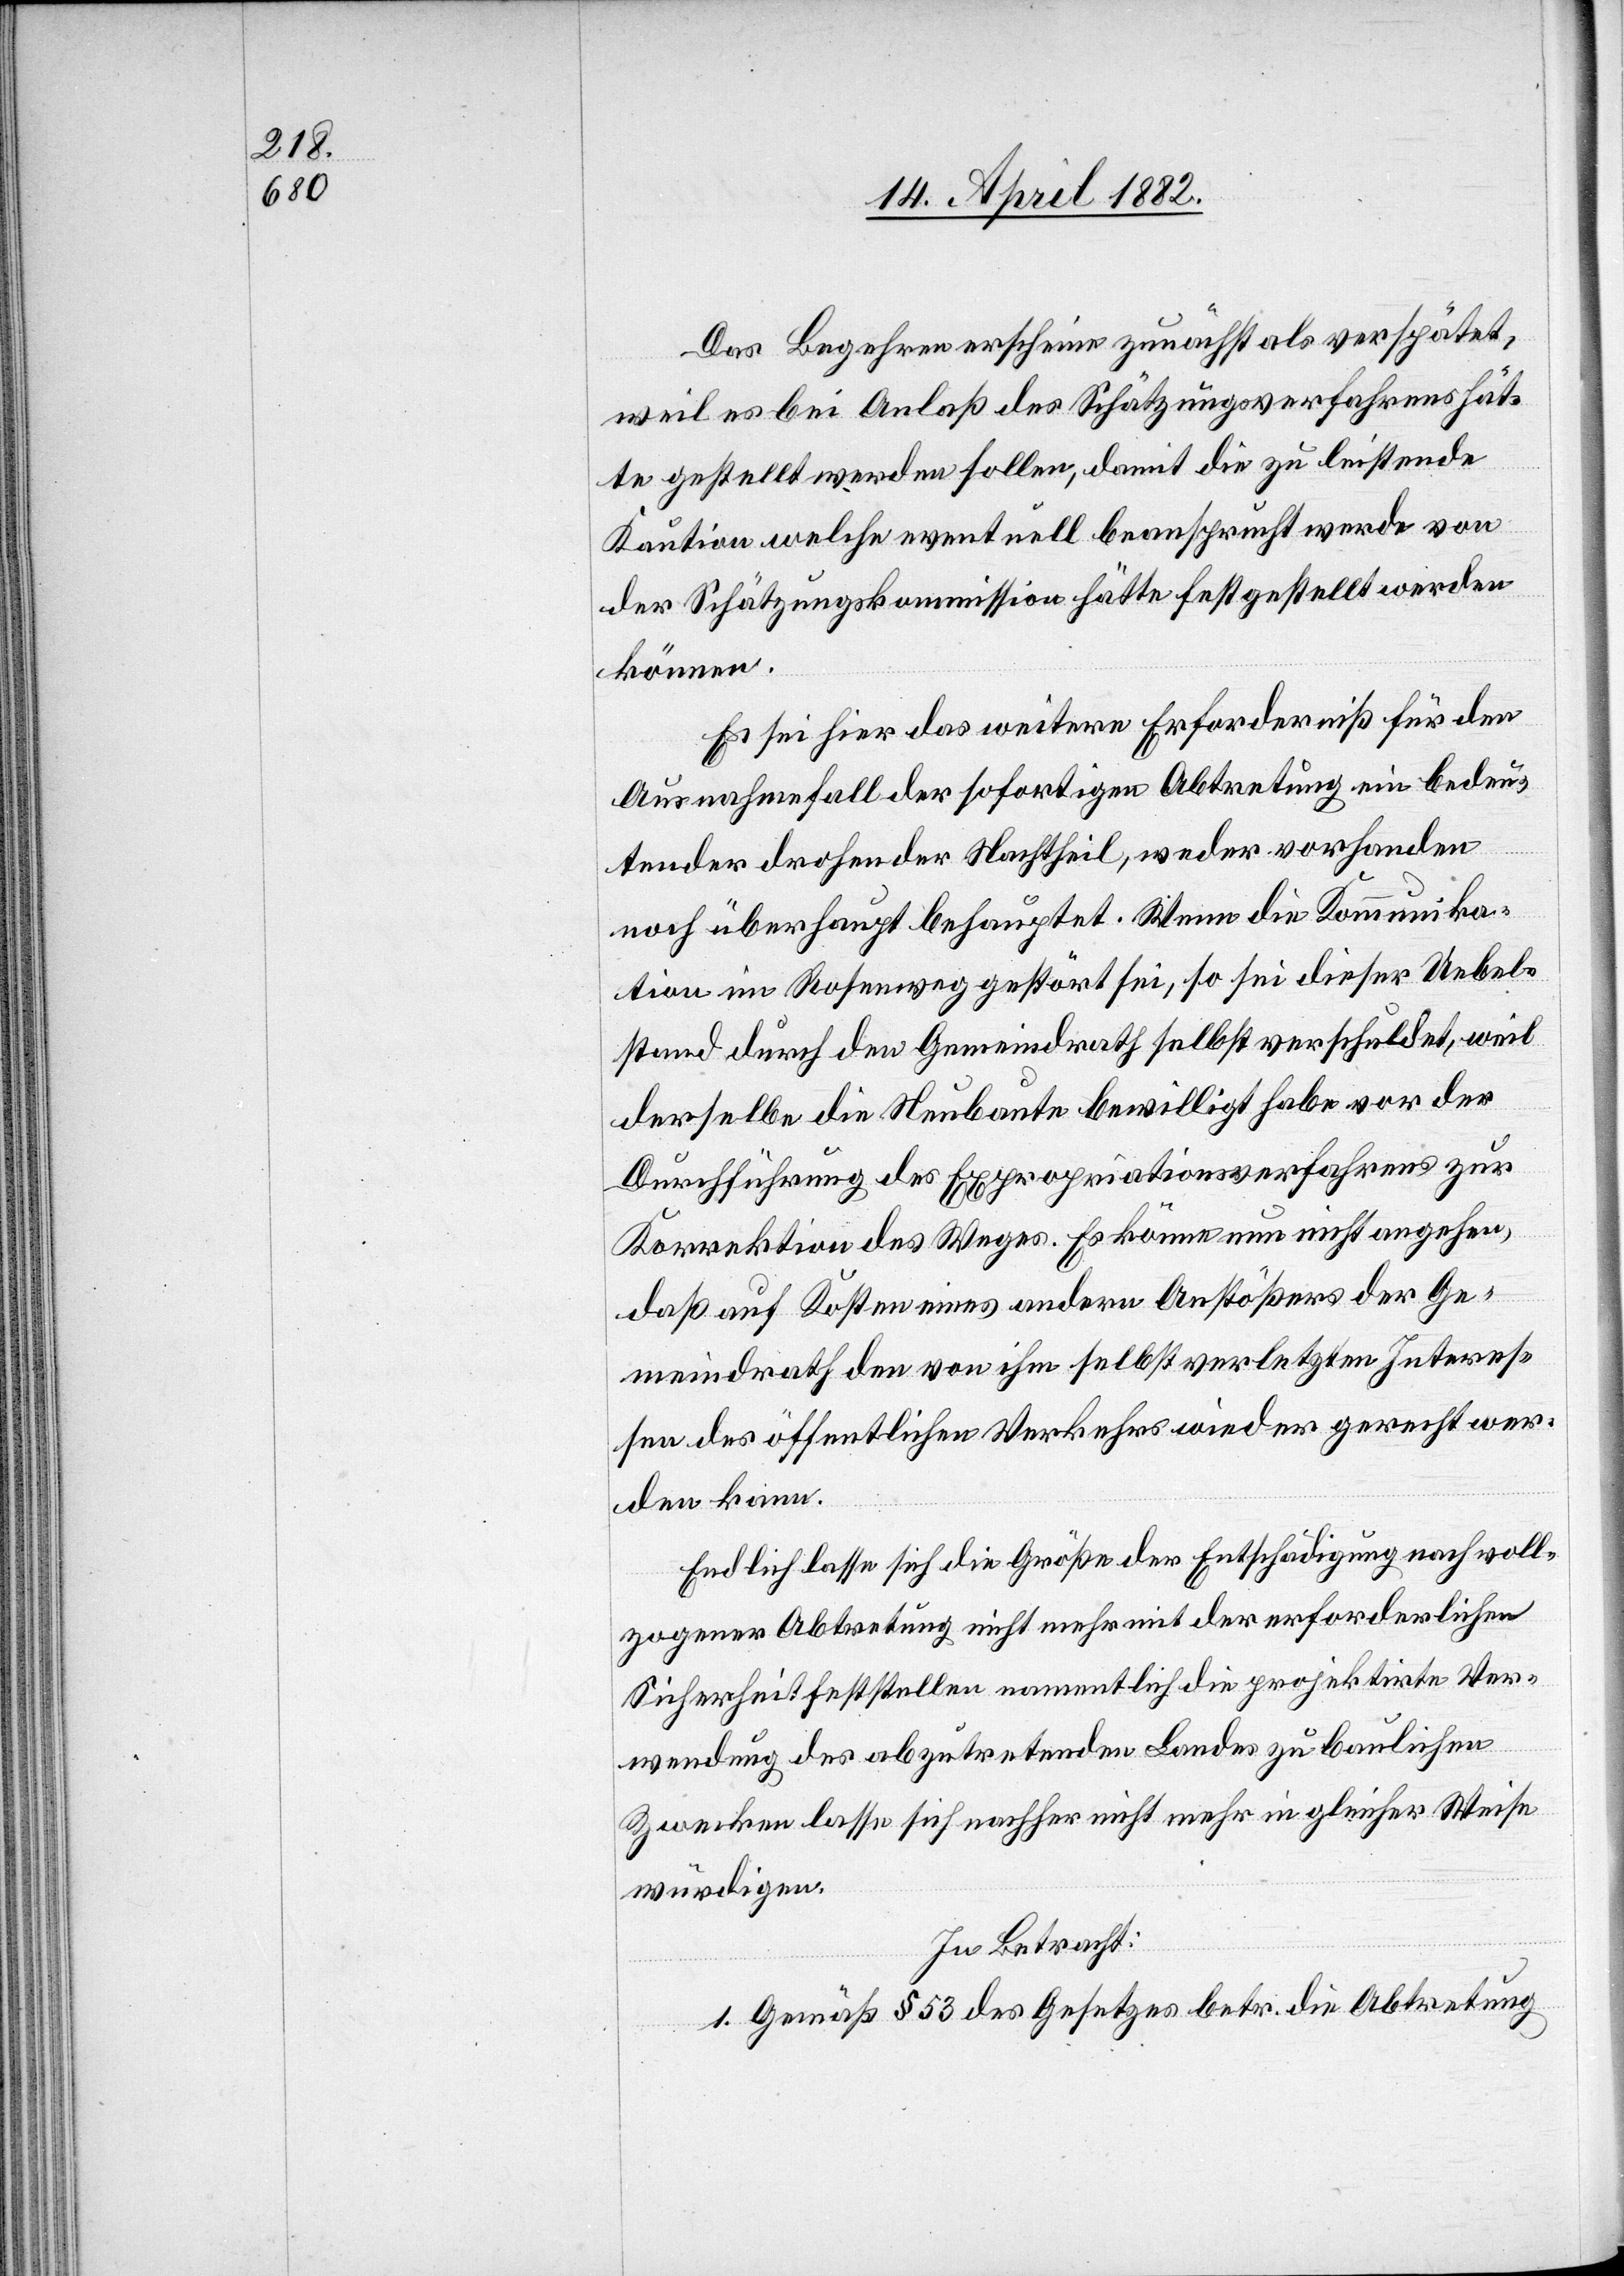
Das Begehren erscheine zunächst als verspätet,
weil es bei Anlaß des Schätzungsverfahrens hät¬
te gestellt werden sollen, damit die zu leistende
Kaution welche eventuell beansprucht werde von
der Schätzungskommission hätte festgestellt werden
können.
Es sei hier das weitere Erforderniß für den
Ausnahmefall der sofortigen Abtretung ein bedeu¬
tender drohender Nachtheil, weder vorhanden
noch überhaupt behauptet. Wenn die Kommunika¬
tion im Rosenweg gestört sei, so sei dieser Uebel¬
stand durch den Gemeindrath selbst verschuldet, weil
derselbe die Neubaute bewilligt habe vor der
Durchführung des Expropriationsverfahrens zur
Korrektion des Weges. Es könne nun nicht angehen,
daß auf Kosten eines andern Anstößers der Ge¬
meindrath den von ihm selbst verletzten Interes¬
sen des öffentlichen Verkehrs wieder gerecht wer¬
den kann.
Endlich lasse sich die Größe der Entschädigung nach voll¬
zogener Abtretung nicht mehr mit der erforderlichen
Sicherheit feststellen namentlich die projektirte Ver¬
wendung des abzutretenden Landes zu baulichen
Zwecken lasse sich nachher nicht mehr in gleicher Weise
würdigen.
In Betracht:
1. Gemäß § 53 des Gesetzes betr. die Abtretung